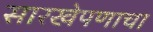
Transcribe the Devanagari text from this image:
सारखेपणाचा